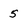
Character: 5